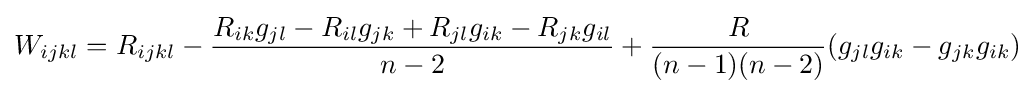
W_{ijkl}=R_{ijkl}-{\frac {R_{ik}g_{jl}-R_{il}g_{jk}+R_{jl}g_{ik}-R_{jk}g_{il}}{n-2}}+{\frac {R}{(n-1)(n-2)}}(g_{jl}g_{ik}-g_{jk}g_{ik})